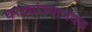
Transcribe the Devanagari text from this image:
घरट्यांच्याजवळ